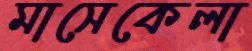
মাসেকেলা